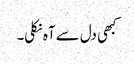
کبھی دل سے آہ نکلی۔